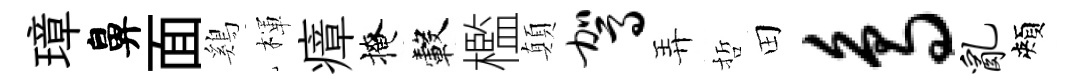
璋鼻面鷄楎瘴掩轂檻顛驾弄哲田鸟乱頰